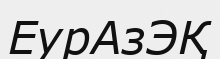
ЕурАзЭҚ